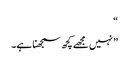
“
” نہیں مجھے کچھ سمجھنا ہے۔